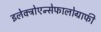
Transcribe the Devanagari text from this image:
इलेक्ट्रोएन्सेफालोग्राफी